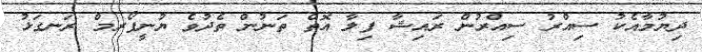
ދިޔުމާއެކު ސިއްރު ސިއްރުން ރައިޝާ ފިލާ އޮތް ތަނުން ތެދުވެ ޔުނީފޯރމް ރަނގަޅު